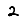
Digit: 2